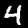
Label: 4